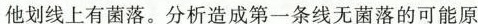
他划线上有菌落。分析造成第一条线无菌落的可能原